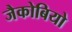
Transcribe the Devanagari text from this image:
जैकोबियो